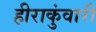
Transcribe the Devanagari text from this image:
हीराकुंवारी